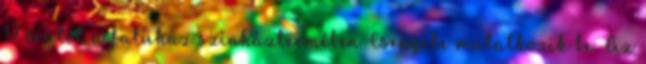
17 órától a faluház színháztermében Csengele mutatkozik be. Az